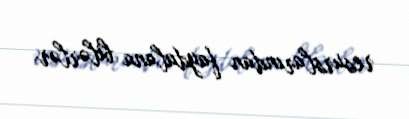
resurslarından faydalana bilərlər.